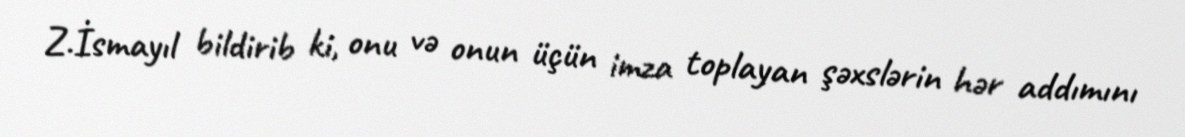
Z.İsmayıl bildirib ki, onu və onun üçün imza toplayan şəxslərin hər addımını